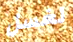
لغسل